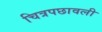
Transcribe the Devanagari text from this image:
चित्रपछावली